Annual report on the Civil Veterinary Department, Burma (including the Insein Veterinary School) - 1923-1931
Year: 1923
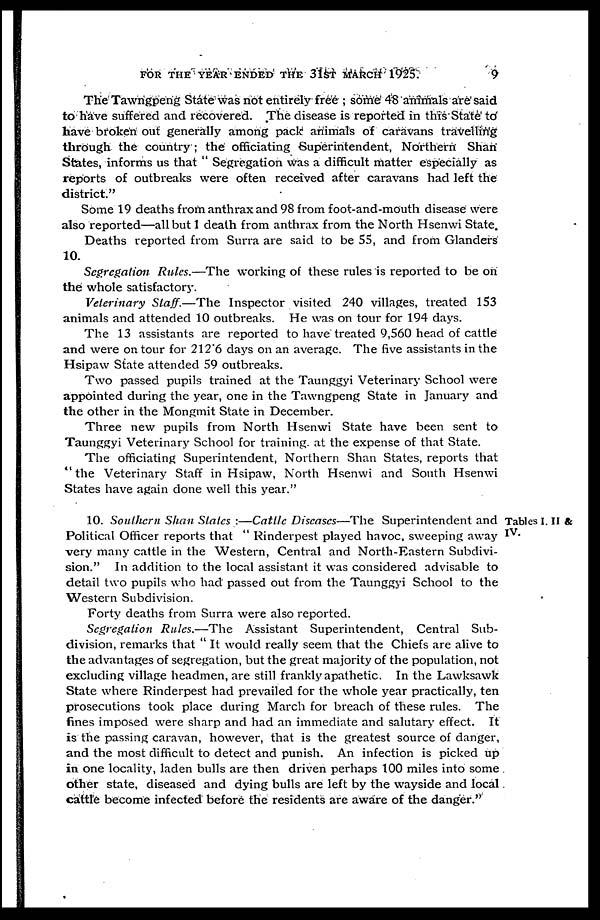
FOR THE YEAR ENDED THE 31ST MARCH 1925.
9
The Tawngpeng State was not entirely free ; some 48 animals are said
to have suffered and recovered. The disease is reported in this State to
have broken out generally among pack animals of caravans travelling
through the country ; the officiating Superintendent, Northern Shan
States, informs us that " Segregation was a difficult matter especially as
reports of outbreaks were often received after caravans had left the
district."
Some 19 deaths from anthrax and 98 from foot-and-mouth disease were
also reported—all but 1 death from anthrax from the North Hsenwi State.
Deaths reported from Surra are said to be 55, and from Glanders
10.
Segregation Rules.—The working of these rules is reported to be on
the whole satisfactory.
Veterinary Staff.—The Inspector visited 240 villages, treated 153
animals and attended 10 outbreaks. He was on tour for 194 days.
The 13 assistants are reported to have treated 9,560 head of cattle
and were on tour for 212.6 days on an average. The five assistants in the
Hsipaw State attended 59 outbreaks.
Two passed pupils trained at the Taunggyi Veterinary School were
appointed during the year, one in the Tawngpeng State in January and
the other in the Mongmit State in December.
Three new pupils from North Hsenwi State have been sent to
Taunggyi Veterinary School for training, at the expense of that State.
The officiating Superintendent, Northern Shan States, reports that
"the Veterinary Staff in Hsipaw, North Hsenwi and South Hsenwi
States have again done well this year."
Tables I. II &
IV.
10. Southern Shan States :—Cattle Diseases—The Superintendent and
Political Officer reports that " Rinderpest played havoc, sweeping away
very many cattle in the Western, Central and North-Eastern Subdivi-
sion." In addition to the local assistant it was considered advisable to
detail two pupils who had passed out from the Taunggyi School to the
Western Subdivision.
Forty deaths from Surra were also reported.
Segregation Rules.—The Assistant Superintendent, Central Sub-
division, remarks that " It would really seem that the Chiefs are alive to
the advantages of segregation, but the great majority of the population, not
excluding village headmen, are still frankly apathetic. In the Lawksawk
State where Rinderpest had prevailed for the whole year practically, ten
prosecutions took place during March for breach of these rules. The
fines imposed were sharp and had an immediate and salutary effect. It
is the passing caravan, however, that is the greatest source of danger,
and the most difficult to detect and punish. An infection is picked up
in one locality, laden bulls are then driven perhaps 100 miles into some
other state, diseased and dying bulls are left by the wayside and local
cattle become infected before the residents are aware of the danger."